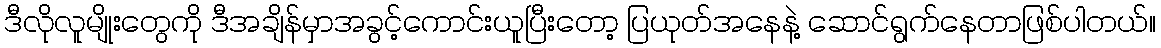
ဒီလိုလူမျိုးတွေကို ဒီအချိန်မှာအခွင့်ကောင်းယူပြီးတော့ ပြယုတ်အနေနဲ့ ဆောင်ရွက်နေတာဖြစ်ပါတယ်။